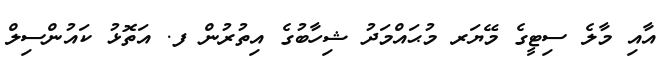
އާއި މާލެ ސިޓީގެ މޭޔަރ މުޙައްމަދު ޝިހާބުގެ އިތުރުން ފ. އަތޮޅު ކައުންސިލް